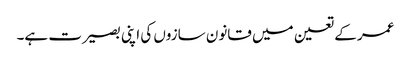
عمر کے تعین میں قانون سازوں کی اپنی بصیرت ہے۔